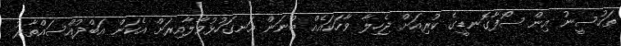
ތަހުސީނު އިން ސޯފާގޮނޑީގެ ކުރިއަށް ޖެހިލާ ވާހަކައެއް ބުނަން އަނގަހުޅުވާލާއިރަށް އެކަން އަބްދުއްސައްތާރު